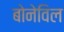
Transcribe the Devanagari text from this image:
बोनेविल